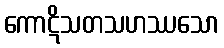
ကောဋိသတသဟဿသော